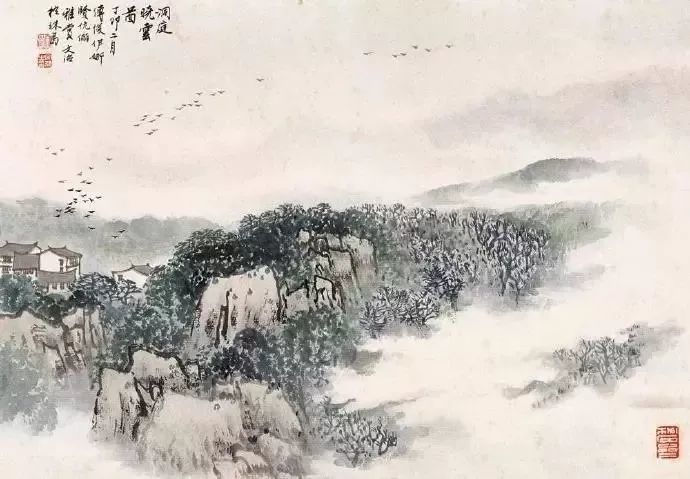
任翠幄张天，柔茵藉地，酒尽未能去。